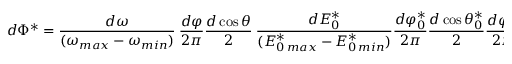
d \Phi ^ { * } = \frac { d \omega } { ( \omega _ { m a x } - \omega _ { m i n } ) } ~ \frac { d \varphi } { 2 \pi } \frac { d \cos { \theta } } { 2 } ~ \frac { d E _ { 0 } ^ { * } } { ( E _ { 0 \, m a x } ^ { * } - E _ { 0 \, m i n } ^ { * } ) } \frac { d \varphi _ { 0 } ^ { * } } { 2 \pi } \frac { d \cos { \theta _ { 0 } ^ { * } } } { 2 } \frac { d \varphi _ { - } ^ { * } } { 2 \pi } \frac { d \cos { \theta _ { - } ^ { * } } } { 2 } .